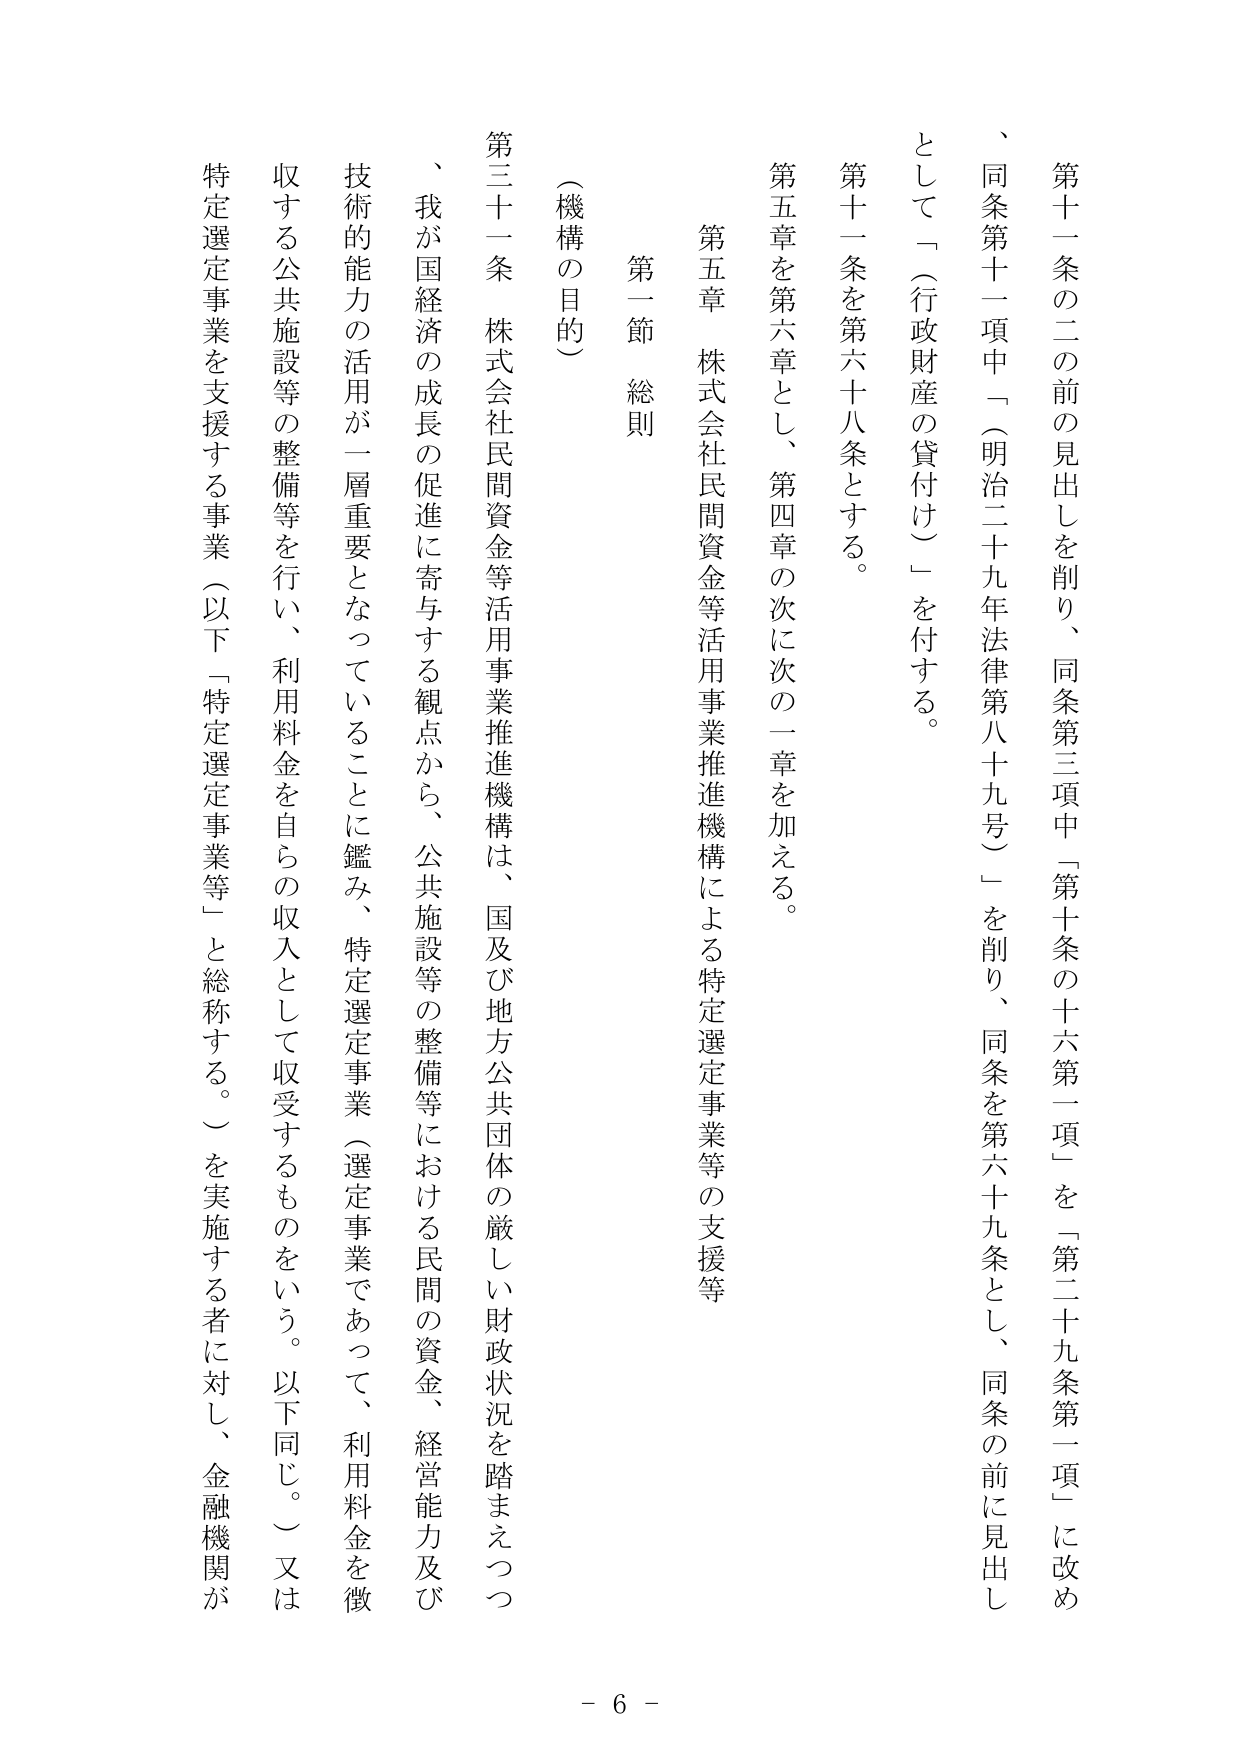
第十一條の二の前の見出しを削り、同条第三項中「第十条の十六第一項」を「第二十九条第一項」に改め、同条第十一項中「（明治二十九年法律第八十九号）」を削り、同条を第六十九条とし、同条の前に見出しとして「（行政財産の貸付け）」を付する。

第十一条を第六十八条とする。

第五章を第六章とし、第四章の次に次の一章を加える。

第五章 株式会社民間資金等活用事業推進機構による特定選定事業等の支援等

第一節 総則

（機構の目的）

第三十一条 株式会社民間資金等活用事業推進機構は、国及び地方公共団体の厳しい財政状況を踏まえつつ、我が国経済の成長の促進に寄与する観点から、公共施設等の整備等における民間の資金、経営能力及び技術的能力の活用が一層重要となっていることに鑑み、特定選定事業（選定事業であって、利用料金を徴収する公共施設等の整備等を行い、利用料金を自らの収入として収受するものをいう。以下同じ。）又は特定選定事業を支援する事業（以下「特定選定事業等」と総称する。）を実施する者に対し、金融機関が

- 6 -